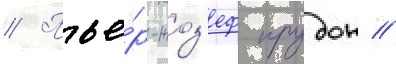
// Пье́р-жоз'еф прудон //